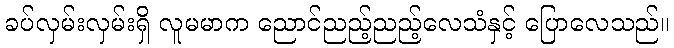
ခပ်လှမ်းလှမ်းရှိ လူမမာက ညောင်ညည့်ညည့်လေသံနှင့် ပြောလေသည်။